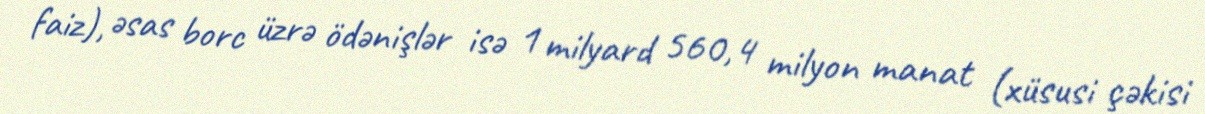
faiz), əsas borc üzrə ödənişlər isə 1 milyard 560,4 milyon manat (xüsusi çəkisi